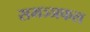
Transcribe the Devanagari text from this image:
समञ्ञफल